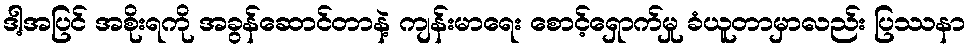
ဒါ့အပြင် အစိုးရကို အခွန်ဆောင်တာနဲ့ ကျန်းမာရေး စောင့်ရှောက်မှု ခံယူတာမှာလည်း ပြဿနာ